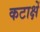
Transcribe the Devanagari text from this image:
कटाक्षें